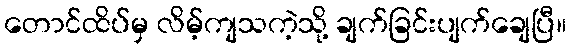
တောင်ထိပ်မှ လိမ့်ကျသကဲ့သို့ ချက်ခြင်းပျက်ချေပြီ။